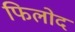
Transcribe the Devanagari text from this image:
फिलोद